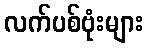
လက်ပစ်ဗုံးများ